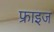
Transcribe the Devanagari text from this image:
फ्राइज